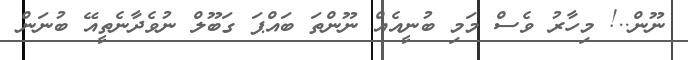
ނޫން..! މިހާރު ވެސް މަމި ބުނީއެއް ނޫންތަ ބައްޕަ ގަބޫލް ނުވެދާނެތީއޭ ބުނަން